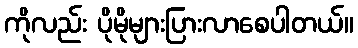
ကိုလည်း ပိုမိုများပြားလာစေပါတယ်။